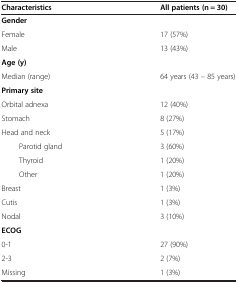
<table><thead><tr><td><b>Characteristics</b></td><td><b>All patients (n = 30)</b></td></tr></thead><tbody><tr><td colspan="2"><b>Gender</b></td></tr><tr><td>Female</td><td>17 (57%)</td></tr><tr><td>Male</td><td>13 (43%)</td></tr><tr><td colspan="2"><b>Age (y)</b></td></tr><tr><td>Median (range)</td><td>64 years (43 – 85 years)</td></tr><tr><td colspan="2"><b>Primary site</b></td></tr><tr><td>Orbital adnexa</td><td>12 (40%)</td></tr><tr><td>Stomach</td><td>8 (27%)</td></tr><tr><td>Head and neck</td><td>5 (17%)</td></tr><tr><td>Parotid gland</td><td>3 (60%)</td></tr><tr><td>Thyroid</td><td>1 (20%)</td></tr><tr><td>Other</td><td>1 (20%)</td></tr><tr><td>Breast</td><td>1 (3%)</td></tr><tr><td>Cutis</td><td>1 (3%)</td></tr><tr><td>Nodal</td><td>3 (10%)</td></tr><tr><td colspan="2"><b>ECOG</b></td></tr><tr><td>0-1</td><td>27 (90%)</td></tr><tr><td>2-3</td><td>2 (7%)</td></tr><tr><td>Missing</td><td>1 (3%)</td></tr></tbody></table>